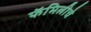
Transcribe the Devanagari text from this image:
फॅमिलीचे